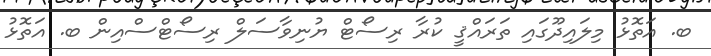
ބ. އަތޮޅު މިލައިދޫގައި ތަރައްޤީ ކުރާ ރިސޯޓް ޔުނިވާސަލް ރިސޯޓްސްއިން ބ. އަތޮޅު